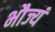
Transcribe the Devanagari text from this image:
भौज्यं